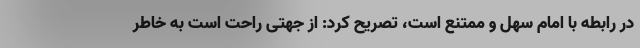
در رابطه با امام سهل و ممتنع است، تصریح کرد: از جهتی راحت است به خاطر